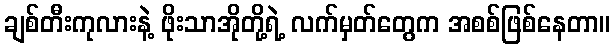
ချစ်တီးကုလားနဲ့ ဖိုးသာအိုတို့ရဲ့ လက်မှတ်တွေက အစစ်ဖြစ်နေတာ။